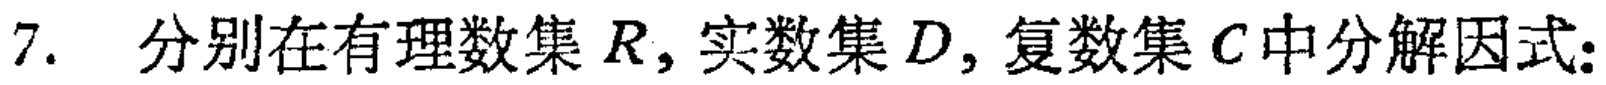
7. 分别在有理数集\(R\)，实数集\(D\)，复数集\(C\)中分解因式：